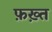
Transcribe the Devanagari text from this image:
फ़ख़्त